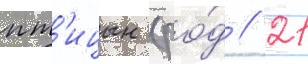
пт'ицын (ро́д // 21